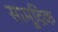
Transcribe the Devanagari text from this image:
सामूद्रिक